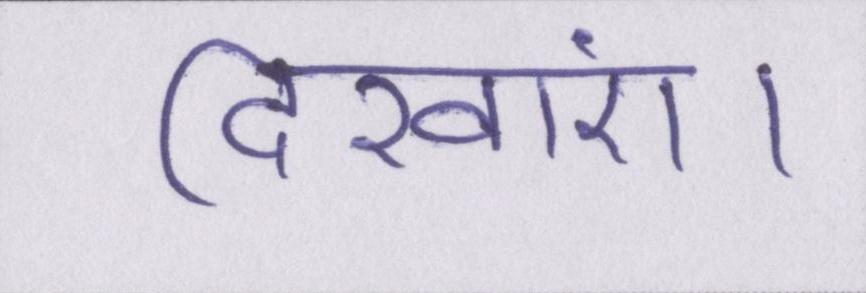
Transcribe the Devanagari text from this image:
दिखाएं।